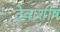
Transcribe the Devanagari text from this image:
देवाशीष